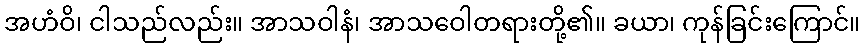
အဟံဝိ၊ ငါသည်လည်း။ အာသဝါနံ၊ အာသဝေါတရားတို့၏။ ခယာ၊ ကုန်ခြင်းကြောင်။